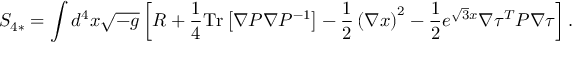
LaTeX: S _ { 4 * } = \int d ^ { 4 } x \sqrt { - g } \left[ R + \frac { 1 } { 4 } \mathrm { T r } \left[ \nabla P \nabla P ^ { - 1 } \right] - \frac { 1 } { 2 } \left( \nabla x \right) ^ { 2 } - \frac { 1 } { 2 } e ^ { \sqrt { 3 } x } \nabla \tau ^ { T } P \nabla \tau \right] .